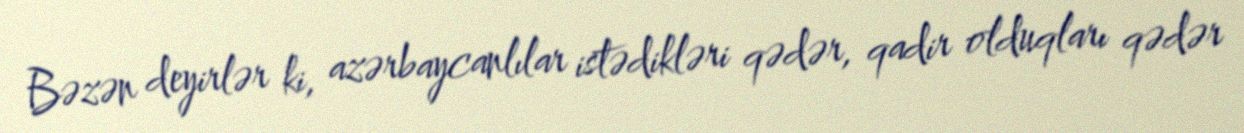
Bəzən deyirlər ki, azərbaycanlılar istədikləri qədər, qadir olduqları qədər